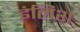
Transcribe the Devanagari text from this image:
इंलिश